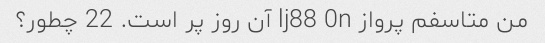
من متاسفم پرواز lj88 0n آن روز پر است. 22 چطور؟